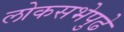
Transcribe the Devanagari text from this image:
लोकसभेपुढे